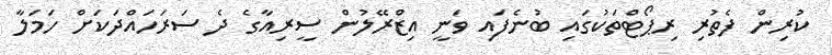
ކުރިން ފެތުރި ރިޕޯޓްތަކުގައި ބުނެފައި ވަނީ އިޒްރޭލުން ސީރިއާގެ ދެ ސަރަހައްދަކަށް ހަމަލާ